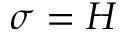
\sigma = H